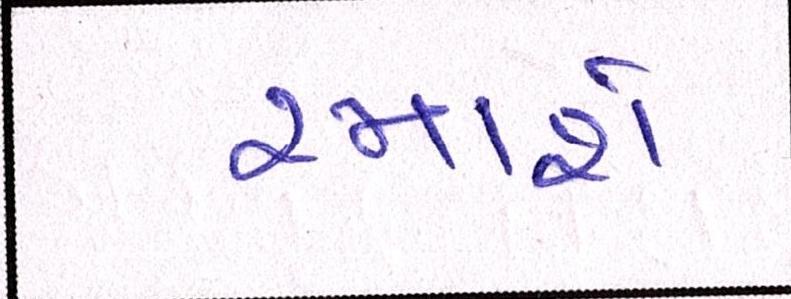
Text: રમાશે